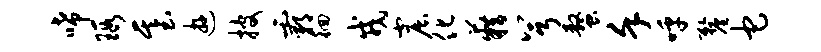
唏瑕基游披霸徊戎窟化籍兮螯堇呼厘它